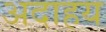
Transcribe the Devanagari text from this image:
अदाहय